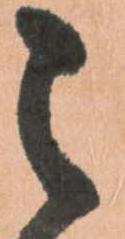
之